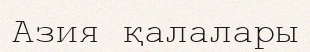
Азия қалалары